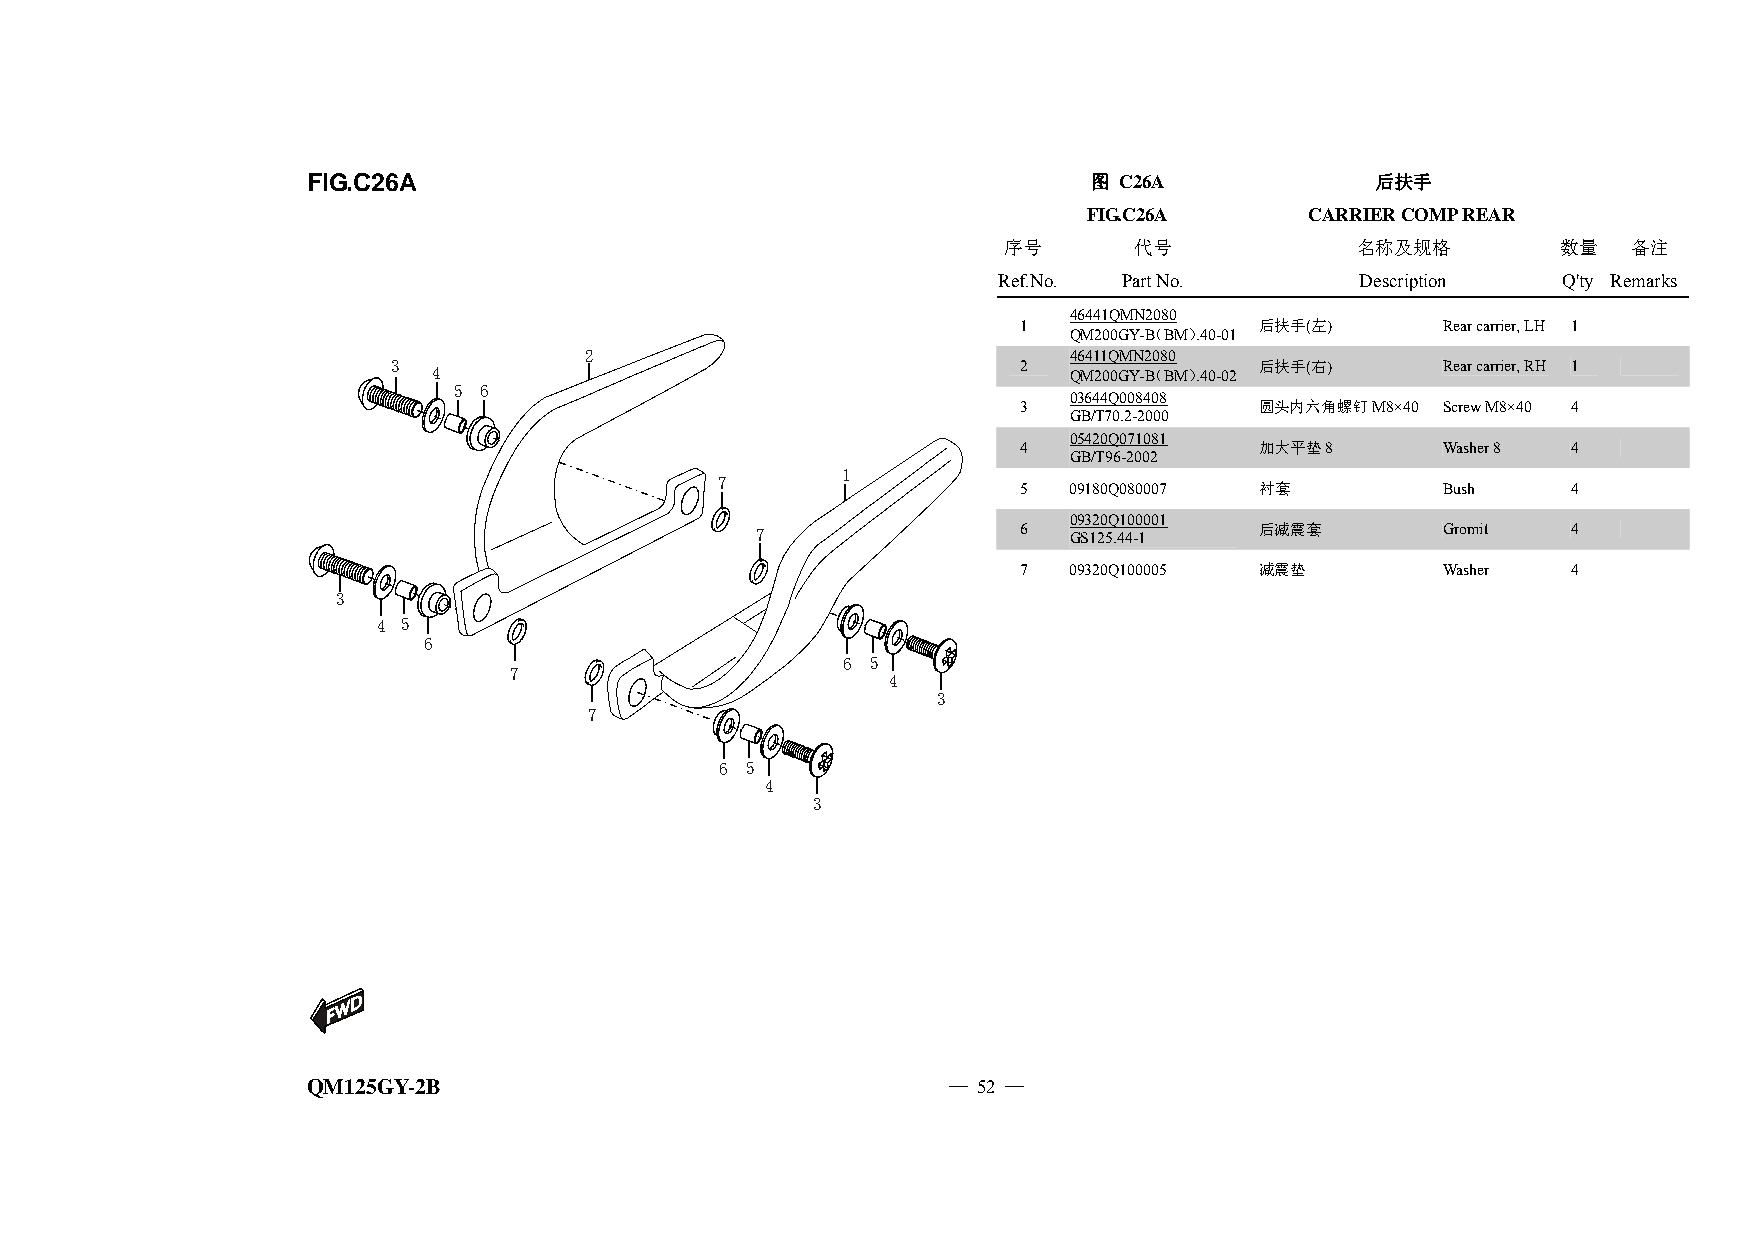
FIG.C26A                                            图 C26A             后扶手
 FIG.C26A       CARRIER COMP REAR
 序号       代号             名称及规格        数量   备注
 Ref.No. Part No.        Description  Q'ty Remarks
 46 441QMN2080
 1               后扶手(左)      Rear carrier, LH 1
 QM200GY-B（BM）.40-01
 2                               46411QMN2080
 3  4                                     2   QM200GY-B（BM）.40-02 后扶手(右) Rear carrier, RH 1
 5 6
 03644Q008408
 3               圆头内六角螺钉M8×40 Screw M8×40 4
 GB/T70.2-2000
 05420Q071081
 4               加大平垫8       Washer 8 4
 GB/T96-2002
 1
 7
 5   09180Q080007 衬套         Bush     4
 09320Q100001
 7                6   GS125.44-1  后减震套        Gromit   4
 7   09320Q100005 减震垫        Washer   4
 3
 4 5
 6
 6 5
 7
 4
 3
 7
 6 5
 4
 3
 QM125GY-2B                                 — 52 —